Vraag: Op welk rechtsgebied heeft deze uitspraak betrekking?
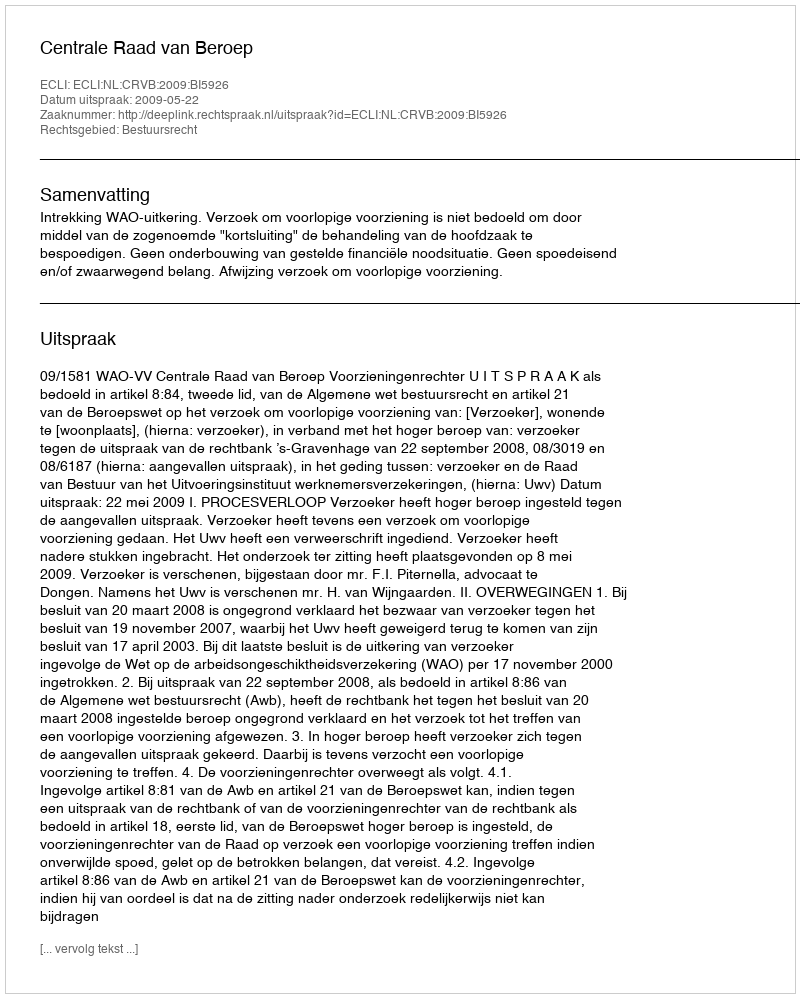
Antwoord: Bestuursrecht